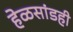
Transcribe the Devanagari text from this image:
हेळसांडही